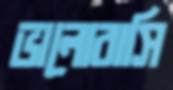
ভালোবাসি